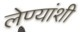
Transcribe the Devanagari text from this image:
लेण्यांशी